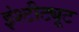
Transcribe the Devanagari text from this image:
इंश्टीट्यूट